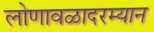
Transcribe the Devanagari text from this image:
लोणावळादरम्यान